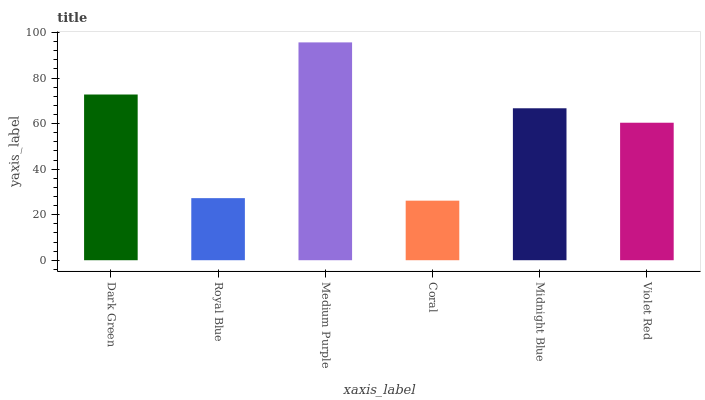
| xaxis_label | bars |
 | --- | --- |
 | Dark Green | 72.8 |
 | Royal Blue | 27.3 |
 | Medium Purple | 95.7 |
 | Coral | 26.2 |
 | Midnight Blue | 66.7 |
 | Violet Red | 60.4 |